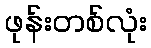
ဖုန်းတစ်လုံး